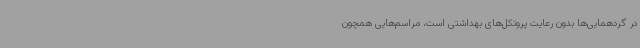
در گردهمایی‌ها بدون رعایت پروتکل‌های بهداشتی است، مراسم‌هایی همچون